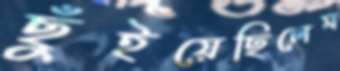
ছুঁইয়েছিলেম